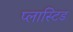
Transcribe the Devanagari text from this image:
प्लास्टिड